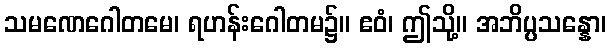
သမဏေဂေါတမေ၊ ရဟန်းဂေါတမ၌။ ဧဝံ၊ ဤသို့။ အဘိပ္ပသန္နော၊